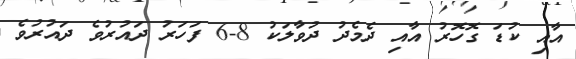
އާއި ކުޑަ ގޮހޮރު އާއި ދެމެދު ދުވާލަކު 8-6 ފަހަރު ދައުރުވެ ދައުރުވެ